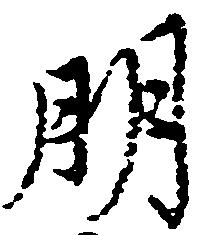
朋